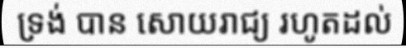
ទ្រង់ បាន សោយរាជ្យ រហូតដល់